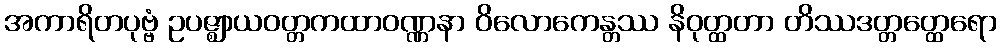
အကာရိတပုဗ္ဗံ ဥပဇ္ဈာယဝတ္တကထာဝဏ္ဏနာ ဝိလောကေန္တဿ နိဝုတ္ထတာ တိဿဒတ္တတ္ထေရော